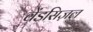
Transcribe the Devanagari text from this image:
वेंडसिज़ल